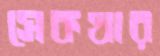
সেকথার